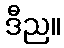
ဒီည။